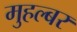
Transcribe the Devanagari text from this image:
मुहल्बर